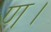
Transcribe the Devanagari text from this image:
ण।